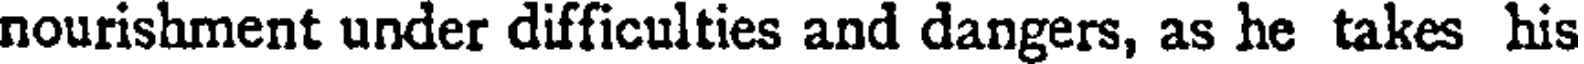
nourishment under difficulties and dangers, as he takes his